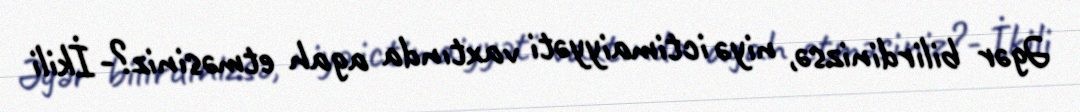
Əgər bilirdinizsə, niyə ictimaiyyəti vaxtında agah etməsiniz?- İkili